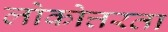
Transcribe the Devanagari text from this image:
लोकोत्तरता